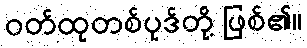
ဝတ်ထုတစ်ပုဒ်တို့ ဖြစ်၏။